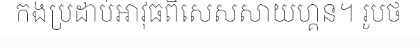
កងប្រដាប់អាវុធពិសេសសាយហ្គន។ រូបថ